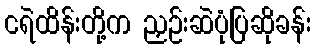
ငရဲထိန်းတို့က ညှဉ်းဆဲပုံပြဆိုခန်း